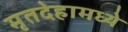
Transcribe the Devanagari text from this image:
मृतदेहामध्ये